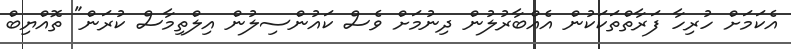
އެކަމަށް ހުރިހާ ފަރާތްތަކަކުން އެއްބާރުލުން ދިނުމަށް ވެސް ކައުންސިލުން އިލްތިމާސް ކުރަން" ތޮއްޔިބް